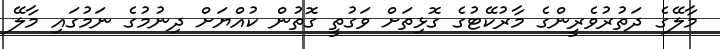
މާލޭގެ ދަތުރުވެރީންގެ މާރުކޭޓުގެ ގޮޅިތަށް ވަގުތީ ގޮތުން ކުއްޔަށް ދިނުމުގެ ނަމުގައި މާލޭ